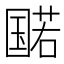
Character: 𫭔